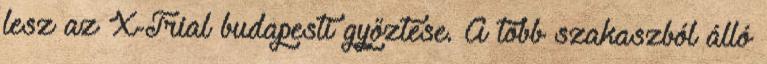
lesz az X-Trial budapesti győztese. A több szakaszból álló